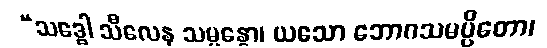
“သဒ္ဓေါ သီလေန သမ္ပန္နော၊ ယသော ဘောဂသမပ္ပိတော၊